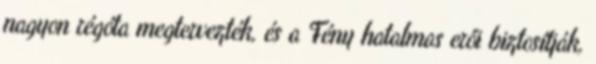
nagyon régóta megtervezték, és a Fény hatalmas erői biztosítják,